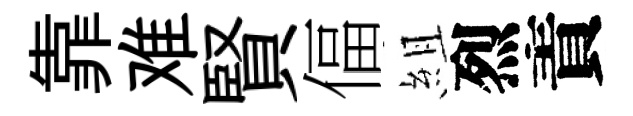
靠难賢偪組烈責